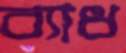
ব্যাধ